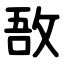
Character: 敔